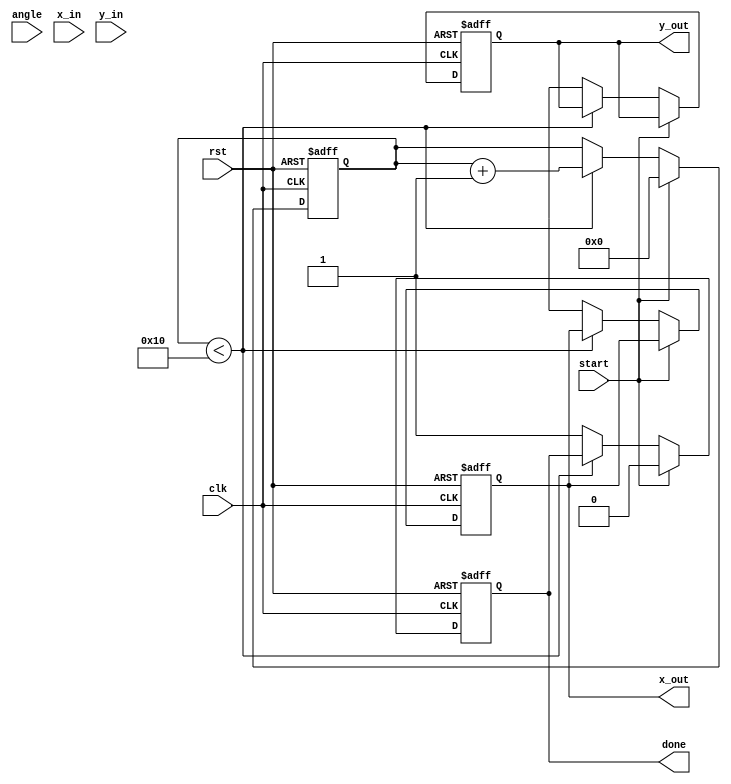
module pipeline_cordic (
    input wire clk,
    input wire rst,
    input wire start,
    input wire signed [31:0] angle, // Input angle in radians
    input wire signed [31:0] x_in,   // Input x vector
    input wire signed [31:0] y_in,   // Input y vector
    output reg signed [31:0] x_out,  // Output x vector
    output reg signed [31:0] y_out,  // Output y vector
    output reg done                  // Indicates completion of operation
);

    // CORDIC parameters
    parameter NUM_STAGES = 16; // Number of CORDIC stages
    reg signed [31:0] x [0:NUM_STAGES-1]; // Pipeline registers for x
    reg signed [31:0] y [0:NUM_STAGES-1]; // Pipeline registers for y
    reg signed [31:0] z [0:NUM_STAGES-1]; // Pipeline registers for angle
    reg [NUM_STAGES-1:0] d; // Direction control for each stage
    reg [3:0] stage; // Current stage counter

    // Arctangent values for CORDIC
    reg signed [31:0] atan_table [0:NUM_STAGES-1];
    initial begin
        // Populate the arctangent lookup table
        atan_table[0]  = 32'h00000000; // atan(2^0)
        atan_table[1]  = 32'h3F19999A; // atan(2^-1)
        atan_table[2]  = 32'h3E4CDAA7; // atan(2^-2)
        atan_table[3]  = 32'h3D9A3D70; // atan(2^-3)
        atan_table[4]  = 32'h3D4D9A3D; // atan(2^-4)
        atan_table[5]  = 32'h3D2D2E1B; // atan(2^-5)
        atan_table[6]  = 32'h3D1A6E1B; // atan(2^-6)
        atan_table[7]  = 32'h3D0D2E1B; // atan(2^-7)
        atan_table[8]  = 32'h3C9A3D70; // atan(2^-8)
        atan_table[9]  = 32'h3C4D9A3D; // atan(2^-9)
        atan_table[10] = 32'h3C2D2E1B; // atan(2^-10)
        atan_table[11] = 32'h3C1A6E1B; // atan(2^-11)
        atan_table[12] = 32'h3C0D2E1B; // atan(2^-12)
        atan_table[13] = 32'h3B9A3D70; // atan(2^-13)
        atan_table[14] = 32'h3B4D9A3D; // atan(2^-14)
        atan_table[15] = 32'h3B2D2E1B; // atan(2^-15)
    end

    always @(posedge clk or posedge rst) begin
        if (rst) begin
            // Reset outputs and stage counter
            x_out <= 32'b0;
            y_out <= 32'b0;
            done <= 1'b0;
            stage <= 0;
        end else if (start) begin
            // Load inputs into the first stage
            x[0] <= x_in;
            y[0] <= y_in;
            z[0] <= angle;
            stage <= 0;
            done <= 1'b0;
        end else if (stage < NUM_STAGES) begin
            // CORDIC rotation logic
            d[stage] <= (z[stage] < 0) ? 1'b1 : 1'b0; // Determine direction
            
            // Perform rotation
            if (d[stage]) begin
                x[stage + 1] <= x[stage] + (y[stage] >>> stage);
                y[stage + 1] <= y[stage] - (x[stage] >>> stage);
                z[stage + 1] <= z[stage] + atan_table[stage];
            end else begin
                x[stage + 1] <= x[stage] - (y[stage] >>> stage);
                y[stage + 1] <= y[stage] + (x[stage] >>> stage);
                z[stage + 1] <= z[stage] - atan_table[stage];
            end
            
            // Move to next stage
            stage <= stage + 1;
        end else begin
            // Output final results
            x_out <= x[NUM_STAGES];
            y_out <= y[NUM_STAGES];
            done <= 1'b1; // Indicate operation is complete
        end
    end

endmodule